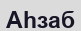
Аһзаб